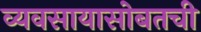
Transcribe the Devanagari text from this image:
व्यवसायासोबतची